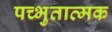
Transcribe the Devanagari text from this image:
पच्भुतात्मक